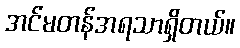
အင်မတန်အရသာရှိတယ်။